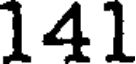
141